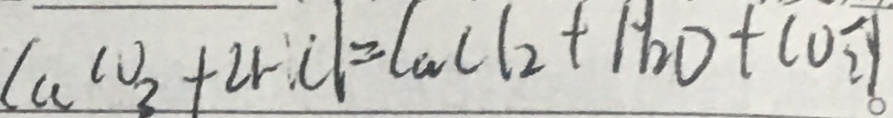
C a C O _ { 3 } + 2 H C l = C a C l _ { 2 } + H _ { 2 } O + C O _ { 2 } \uparrow 。